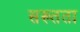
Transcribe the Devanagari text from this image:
सख्तता